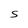
Character: S